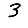
Digit: 3